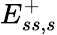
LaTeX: E_{ss,s}^{+}